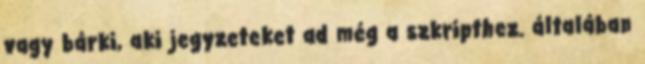
vagy bárki, aki jegyzeteket ad még a szkripthez. általában